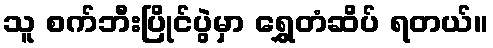
သူ စက်ဘီးပြိုင်ပွဲမှာ ရွှေတံဆိပ် ရတယ်။